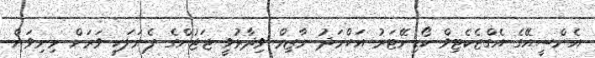
އެންސީއޭގެ އެގްޒެކެޓިވް ކޯޑިނޭޓަރު އަހްމަދު ނާޒިމް ވިދާޅުވީ ޖަޖުންގެ ޕެނަލަކީ ވަރަށް މިނިވަން